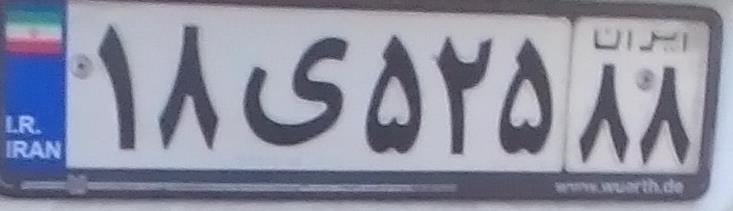
۱۸ی۵۲۵۸۸